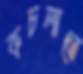
কচলাতে